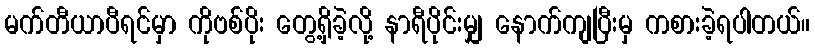
မက်တီယာပီရင်မှာ ကိုဗစ်ပိုး တွေ့ရှိခဲ့လို့ နာရီပိုင်းမျှ နောက်ကျပြီးမှ ကစားခဲ့ရပါတယ်။